Lunatic asylums Madras 1892-1911 - 1892-1911
Year: 1892
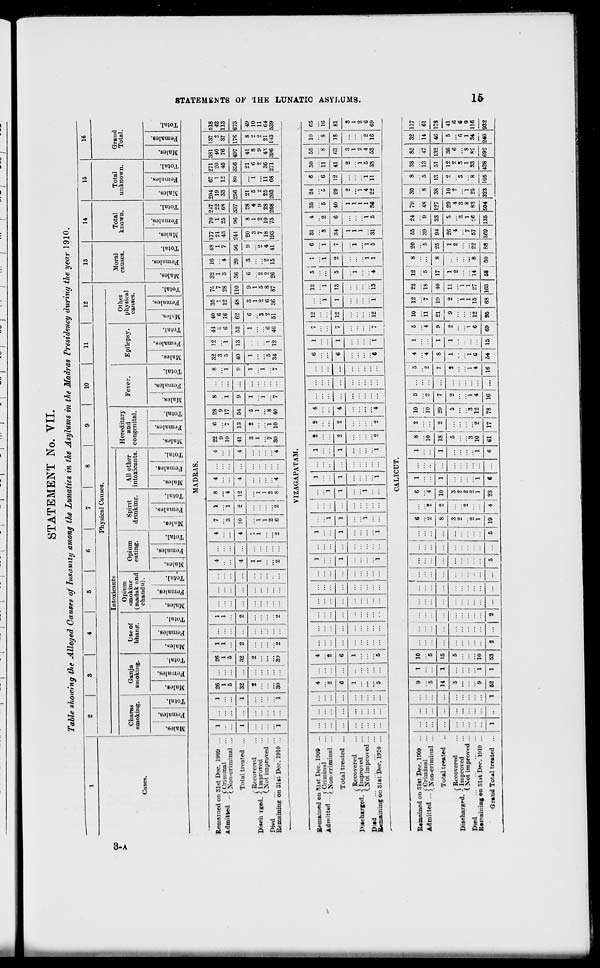
CO
I
STATEMENT No. VII.
Table showing the Alleged Causes of Insamtty among the Lunatics in the Asylums in the Madras Presidency during the year 1910.
1
2
3
4
5
6
7
8
9
10
11
12
13
14
15
16
Physical Causes.
Moral
Total
Total
Intoxicants
Grand
Charas
Ganja
liseof
Opium
smokintr
Opium
Spii-it
All other
Hereditary
and
Fever.
Epilepsy.
Other
physical
causes.
known.
unknown.
Total.
smoking.
smoking.
bhanp.
(madak and
eating.
drinking.
intoxicants. congenital.
causes.
Cases.
chandu).
.
..
1
.
I
an
1 rf
.
•
01
00
.
0 !
£
a.
m
o
•I *
s>
V
a)
S j B I «
s ! & 1 £
to
c
IE £ E~
i 1
s 1 J
*■ ' "H
c
33
(*5
J c -
EH
!3
= "3
PH 1 EH
£
S
o
EH
S ! "3
S 5H
3
c
EH
•
"3
3
|
o
EH
"3 i E
! ^
3
o
6H
"3
IS
c3
c
EH
1
<3
g
fa
"3
p "3
5
s o
EH
I
O
EH
&
p
"3
s
V
PH
o
EH
MADRAS.
Remained on 31st Dec. 1909 ...
1 ...1 1 26
26
1
,
4
4
7
1
8
4
4 99.
fi 98
8
8 32 12 44 40 35 75 32 16 48 |177 70 2t7 204 67 271 381 137 S18
Admitted ..5"t>»»>na' . . -
(.Non-criminal ...
- ... i ...
1
1
1
1
9
J)
3
s 6 1 7 1
1 I 21
1 22 19
1 20 40
0
42
... | ...
5
5
3
1
4
10
7 17
1 ...
1
5
1
6 16 12 28
3
4
7 | 43 25 68 33
256
21
12
80
45
336
21
76
497
41
37
176
8
113
Total treated ...
1
...
1 32 ... 32
2
2
...
1
4 10
2 12
4
4 41 13 54
9 ...
9 40 13 53 62 48 110 36 20 56 241
9 ! 20
96
8
337
28
673
c Recovered
1
t ...
2
1
-
3
f.
5
1
1 ' 1
1
0
S
' .) 6 3
49
Diwm rged. \ Improved
...
1
1
1
1
1
1
1
1
... 1 3 1 4 5 1 6 8 2 10
LXot improved ...
1
1
I
1
3
a
5
2
2 1 7
2
9
2
2
9
2 11
Diwi
... :
?,
2
7
1
8
5
1
6
■2
6
8
2
2
4 ! 18 10 28 25 11 36 4S 21 1 64
Remaining on Slst Dec. 1910 ...
1 ...j 1 30 ... 3'J
1
2
2
... j ... 2
2
6
2
8
4
4 30 10 40
7
7 34 12 46 51 36 87 26 15 41 193 1 75
I
1
268 203 68 271 396 143 539
VIZAGAPATAM.
Remained on Slst Dec. 1909 ...
«J
-4*^A
fCriminal
Ad,T,,tted -( Non-criminal ...
...
...
...
...
"2
6
T
...
5
...
4
"2
6
1
5
...
... ...
1
1
i
1
1
i
i
1
i
"1
1
"i
1
1
i
1
1
i
2
2
"2
2
2
"2
4
4
"4
...
...
6
6
"«
1
1
"i
7
7
12
i
12
i
13
is
5
i'i
2
6
"i
7
31
"3
34
1
1
1
si
4
'2
6
i
5
35
"5
40
1
1
1
1
36
24
5
29
2
"i
4
22
6
"6
12
i
11
30
ii
41
2
i
5
33
55
"s
<;s
3
1
2
4
53
10
8
18
"2
16
65
16
Total treated ...
12
1
81
( Recovered
Discharged. ■] Improved
CXot improved ...
Disd
Remaining on Slst Dec. 1910 ...
7 12 "i
i
"4
i
1
i
"i
5
3
1
2
G
69
CALICUT.
Remained on Slst Dec. 1909 ...
1
9
1 10
(
1 ...
6
6
1
...
1
8
2 'l0
5
5
4
1
5 10 12 22
1
12
8 20 55 24 79 30
8 38 85 32 117
.j -«..j
(Criminal
Admitted -iHoMriMfaal ...
... ...
...
5
5 ...
2 "2 "i
10
S •2
...
"2 "4 ... j 4 ii "7 18 "B ... 5 39 9 48 8 5 13 47 14 61
Total treated
...
... 14 1 15
...
8
3
2 10
3
1
1 18
5
2
...
20
5
7
a
...
7
9
8
1
—!—
1
2
21
9
lit
2
40
11
17
8
1 ..
25
1
94 33 127
29
38
10
13
2
51
12
132
36
46
5
173
{ Recovered
Discharged. ? Improved
(Not improved ...
5
5
26
S
41
2
9
2
2
4
4
2
2
6
6
..
•' .
2
i i
3
3
3
3
6
6
Died
2
0
» I ...
3
1
i 1 ... 1
1
1
7
1
8
i
1
8
1
9
Remaining «n Slst Dec. 1910 ... ...
9
1 10
... ...
1
]
1
1 10 | 2 12 1 4
4
6 ... I 6 12 15 27 14 , 8 22 57 'J6 83 25
8 S3 S£ 34 116
Grand ToUl treated ...
1
1 52
1 53
2 _|, ... ... ...
5
5 19
4 23
6
fi 61 17 78 16 ... 16 54 15 69 95 68 163 58 30 88 369 135 504 323 105 428 692 240 932
ft
K
fer
•-3
GQ
o
ft
ft
1
>
GQ
QT